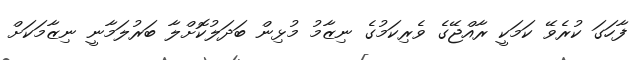
ފާހަގަ ކުރެވޭ ކަމަކީ ރާއްޖޭގެ ވެރިކަމުގެ ނިޒާމު މުޅިން ބަދަލުކޮށްލާ ބަރުލަމާނީ ނިޒާމަކަށް